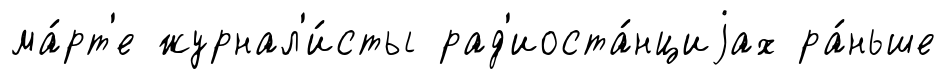
ма́рт'е журнал'и́сты рад'иоста́нциjах ра́ньше